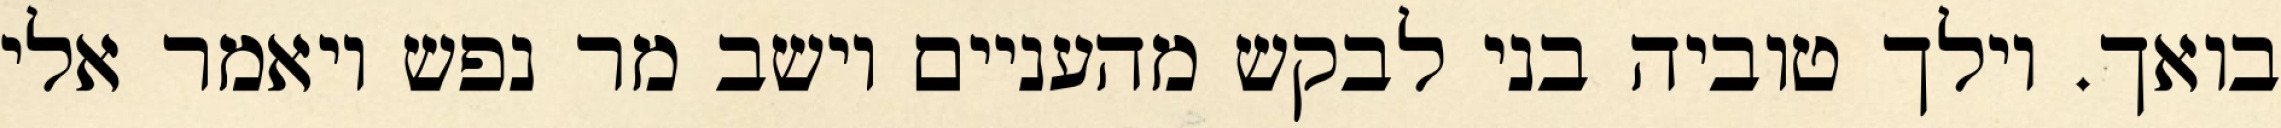
בואך. וילך טוביה בני לבקש מהעניים וישב מר נפש ויאמר אלי